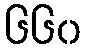
၆၆၀